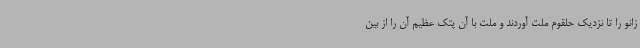
زانو را تا نزدیک حلقوم ملت آوردند و ملت با آن پتک عظیم آن را از بین